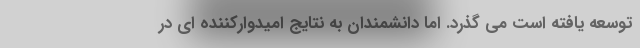
توسعه یافته است می گذرد. اما دانشمندان به نتایج امیدوارکننده ای در